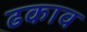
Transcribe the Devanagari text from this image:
ढकाव